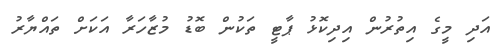
އަދި މީގެ އިތުރުން އިދިކޮޅު ޕާޓީ ތަކުން ބޮޑު މުޒާހަރާ އަކަށް ތައްޔާރު